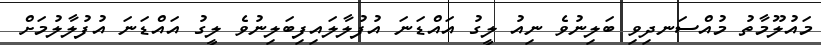
މައުލޫމާތު މުއްސަނދިވި ބަލިނުވެ ނިއު ލީގު އައްޑަނަ އުފުލާލައިފިބަލިނުވެ ލީގު އައްޑަނަ އުފުލާލުމަށް